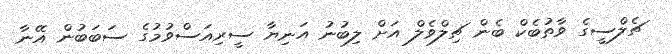
ޗެލްސީގެ ވާތުބެކް ބެން ޗިލްވެލް އަށް ލިބުނު އަނިޔާ ސީރިއަސްވުމުގެ ސަބަބުން އޭނާ